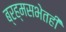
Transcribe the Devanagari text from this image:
ब्रह्मसभेतही